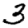
Digit: 3